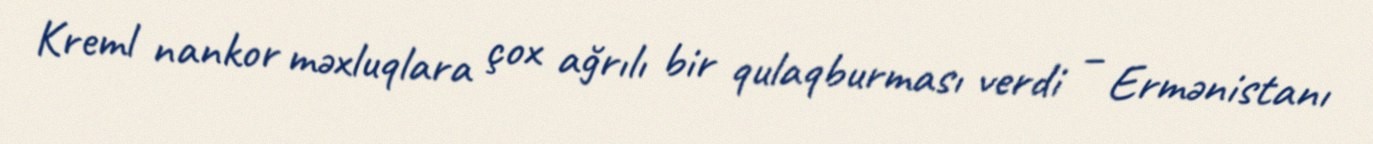
Kreml nankor məxluqlara çox ağrılı bir qulaqburması verdi – Ermənistanı